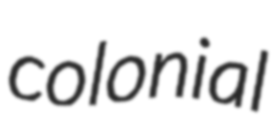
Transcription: colonial